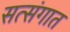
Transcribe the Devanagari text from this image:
सत्संगात